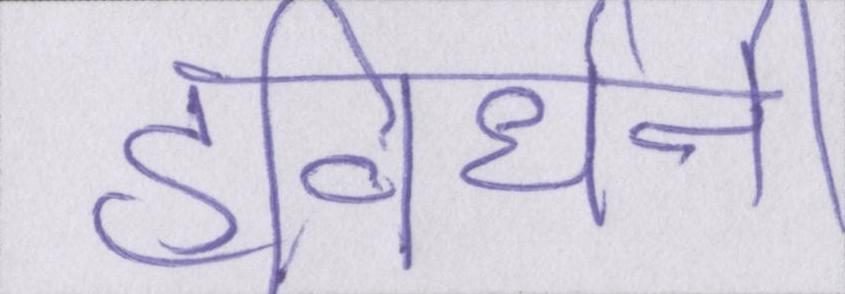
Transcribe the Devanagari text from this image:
हविर्धनी